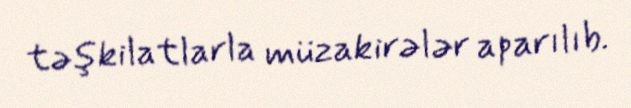
təşkilatlarla müzakirələr aparılıb.